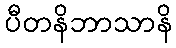
ပီတနိဘာသာနိ